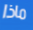
ماذا